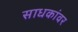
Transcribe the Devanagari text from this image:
साधकांवर